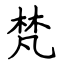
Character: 梵